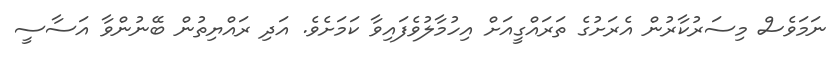
ނަމަވެސް މިސަރުކާރުން އެރަށުގެ ތަރައްގީއަށް އިހުމާލުވެފައިވާ ކަމަށެވެ. އަދި ރައްޔިތުން ބޭނުންވާ އަސާސީ